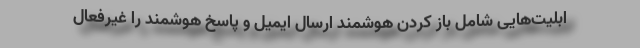
ابلیت‌هایی شامل باز کردن هوشمند ارسال ایمیل و پاسخ هوشمند را غیرفعال